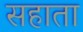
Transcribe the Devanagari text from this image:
सहाता